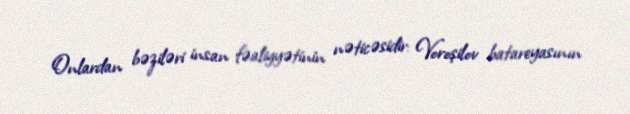
Onlardan bəziləri insan fəaliyyətinin nəticəsidir: Voroşilov batareyasının